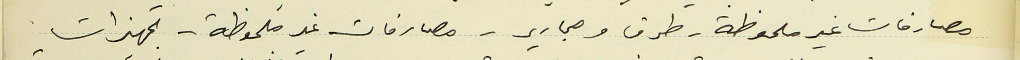
مصارفات غير ملحوظة - طرق ومجارير - مصارفات غير ملحوظة - تجهيزات